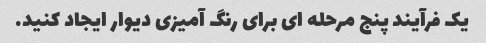
یک فرآیند پنج مرحله ای برای رنگ آمیزی دیوار ایجاد کنید.